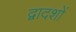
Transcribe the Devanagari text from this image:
द्वादशों